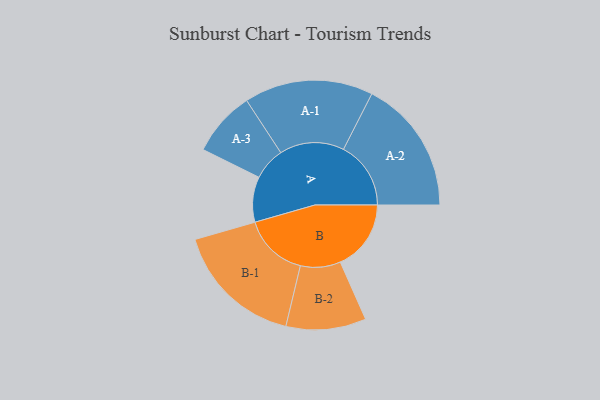
{"axis": {"x": "Segment", "y": "Value"}, "legend": ["", "A", "B"], "data": [{"x": "A", "y": 189, "type": ""}, {"x": "B", "y": 295, "type": ""}, {"x": "A-1", "y": 269, "type": "A"}, {"x": "A-2", "y": 281, "type": "A"}, {"x": "A-3", "y": 136, "type": "A"}, {"x": "B-1", "y": 270, "type": "B"}, {"x": "B-2", "y": 167, "type": "B"}]}